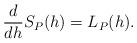
LaTeX: \begin{align*} \begin{aligned} \frac{d}{dh}S_P(h)=L_P(h). \end{aligned} \end{align*}